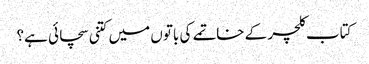
کتاب کلچر کے خاتمے کی باتوں میں کتنی سچائی ہے؟